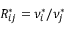
R _ { i j } ^ { * } = \nu _ { i } ^ { * } / \nu _ { j } ^ { * }